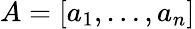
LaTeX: A=[a_{1},\ldots,a_{n}]